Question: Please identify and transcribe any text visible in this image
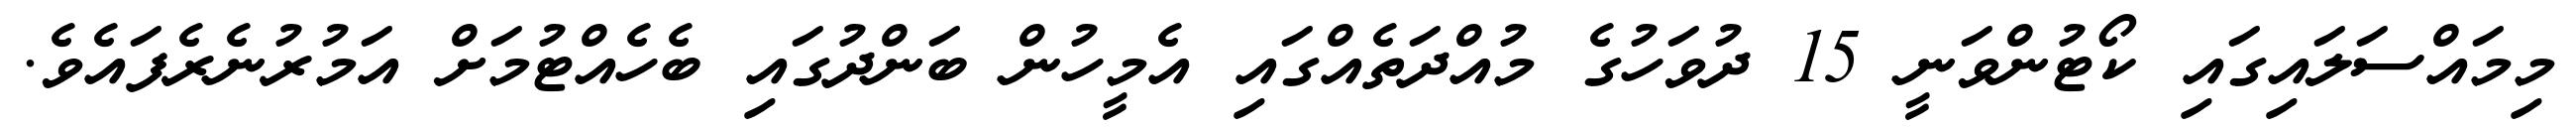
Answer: މިމައްސަލައިގައި ކޯޓުންވަނީ 15 ދުވަހުގެ މުއްދަތެއްގައި އެމީހުން ބަންދުގައި ބެހެއްޓުމަށް އަމުރުނެރެފައެވެ.